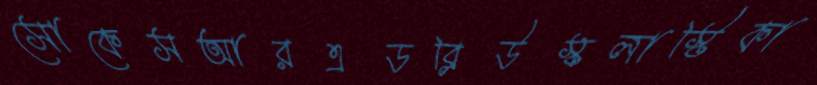
সোকেসআরএডব্লিউস্কলাস্টিকা